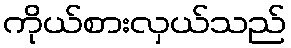
ကိုယ်စားလှယ်သည်